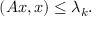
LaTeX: ( A x , x ) \leq \lambda _ { k } .